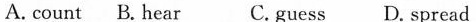
A. count B. Hear C.guess D. Spread